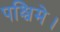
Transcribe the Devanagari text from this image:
पश्चिमे।